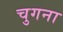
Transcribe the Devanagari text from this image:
चुगना